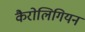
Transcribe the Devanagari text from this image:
कैरोलिगियन